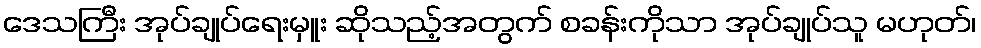
ဒေသကြီး အုပ်ချုပ်ရေးမှူး ဆိုသည့်အတွက် စခန်းကိုသာ အုပ်ချုပ်သူ မဟုတ်၊